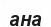
ана